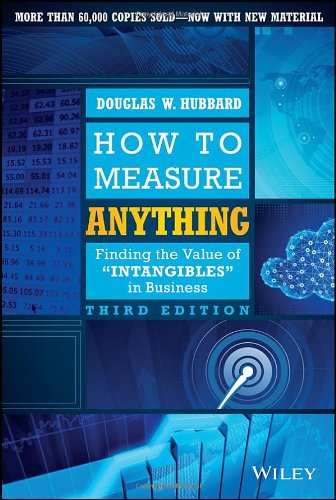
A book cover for How to Measure Anything: Finding the Value of Intangibles in Business; Douglas W. Hubbard; Science & Math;